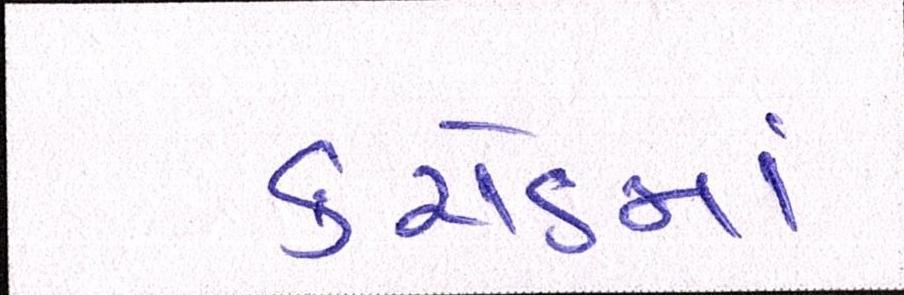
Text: કરોડમાં